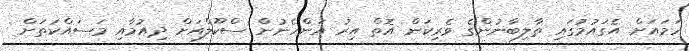
ހަމައަށް އެގައުމުގައި ތާލިބާނުންގެ ވެރިކަން އޮތް އިރު އަންހެނުން ސްކޫލްއަށް ދިއުމާއި މަސައްކަތަށް